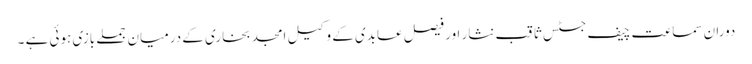
دوران سماعت چیف جسٹس ثاقب نثار اور فیصل عابدی کے وکیل امجد بخاری کے درمیان جملے بازی ہوئی ہے ۔